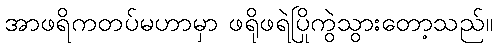
အာဖရိကတပ်မဟာမှာ ဖရိုဖရဲပြိုကွဲသွားတော့သည်။